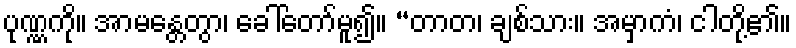
ပုဏ္ဏကို။ အာမန္တေတွာ၊ ခေါ်တော်မူ၍။ “တာတ၊ ချစ်သား။ အမှာကံ၊ ငါတို့၏။